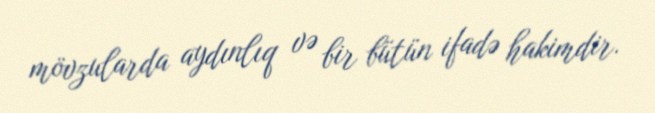
mövzularda aydınlıq və bir bütün ifadə hakimdir.